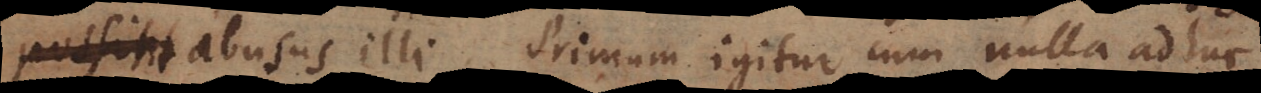
potissimum abusus illi. Primum igitur cum nulla adhuc